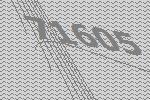
71605